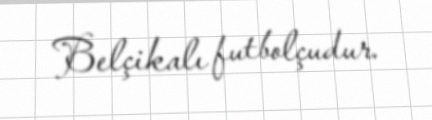
Belçikalı futbolçudur.